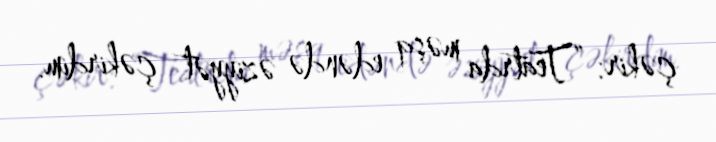
çəkir: “Teatrda məşq edəndə əziyyət çəkirdim.